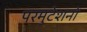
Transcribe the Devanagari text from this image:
परमुटेशनों